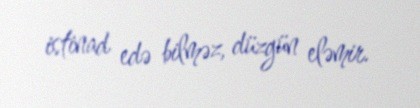
istinad edə bilməz, düzgün eləmir.